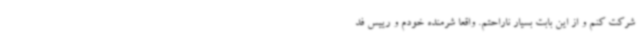
شرکت کنم و از این بابت بسیار ناراحتم. واقعا شرمنده خودم و رییس فد